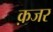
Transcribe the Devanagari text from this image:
क़जर